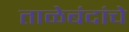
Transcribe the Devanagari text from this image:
ताळेबंदांचे